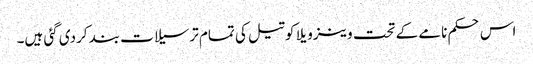
اس حکم نامے کے تحت وینزویلا کو تیل کی تمام ترسیلات بند کردی گئی ہیں۔